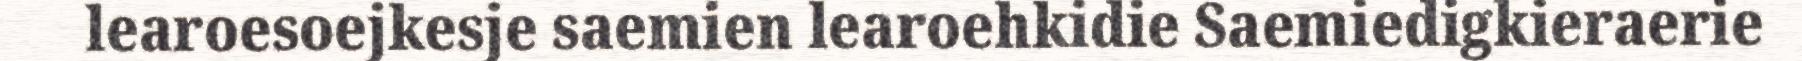
learoesoejkesje saemien learoehkidie Saemiedigkieraerie